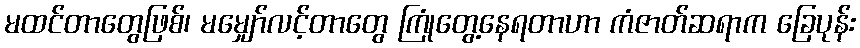
မထင်တာတွေဖြစ်၊ မမျှော်လင့်တာတွေ ကြုံတွေ့နေရတာဟာ ကံဇာတ်ဆရာက ခြေပုန်း